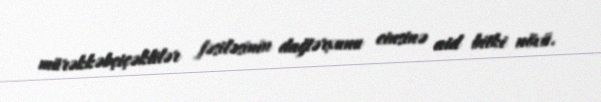
mürəkkəbçiçəklilər fəsiləsinin dağtərxunu cinsinə aid bitki növü.